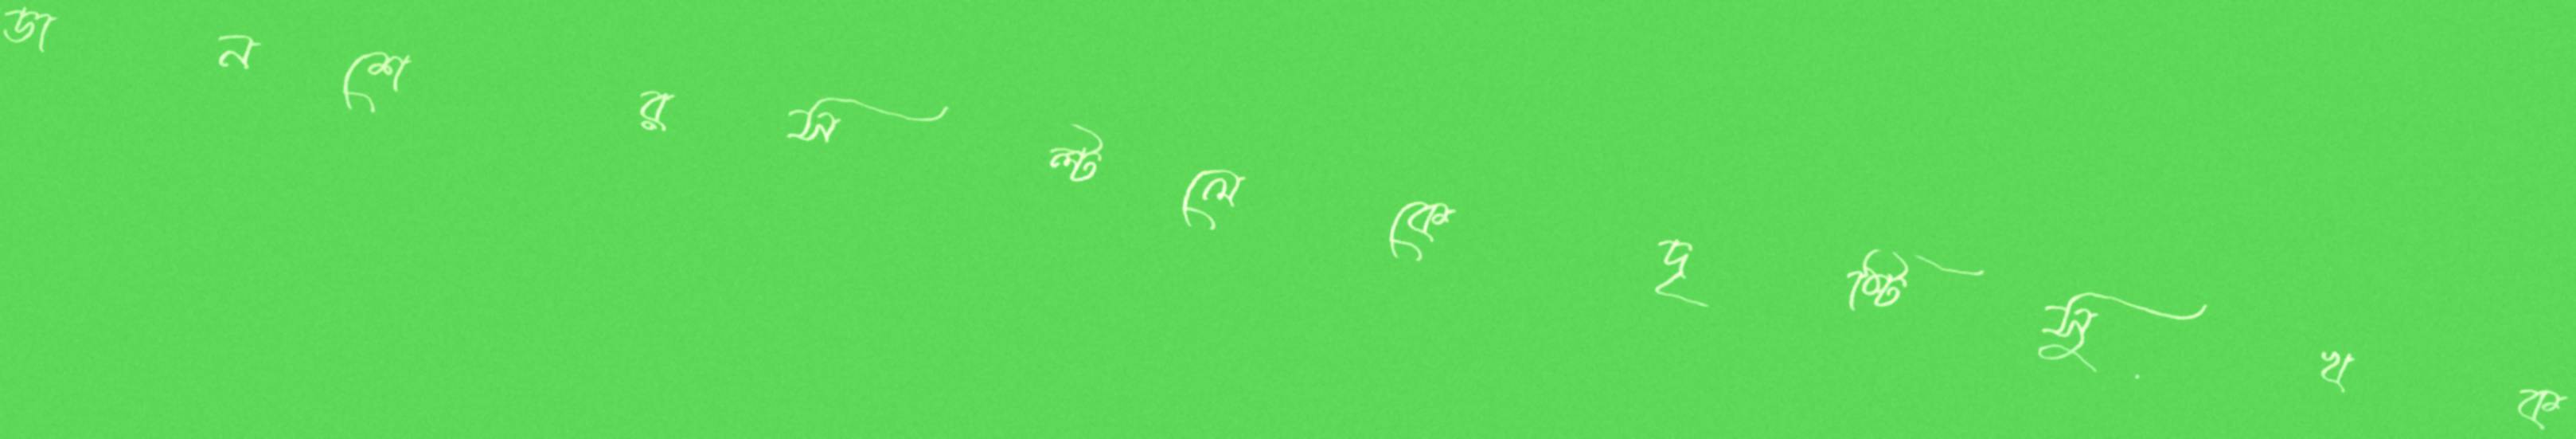
ডানশেরসল্টলেকেদৃষ্টিসুখক